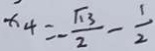
x _ { 4 } = - \frac { \sqrt { 1 3 } } { 2 } - \frac { 1 } { 2 }